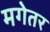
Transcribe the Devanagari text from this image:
मगेतर